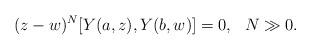
LaTeX: \begin{align*} (z-w)^{N}[Y(a,z),Y(b,w)]=0,\ \ N\gg 0. \end{align*}